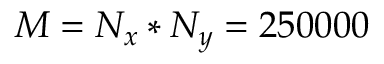
M = N _ { x } * N _ { y } = 2 5 0 0 0 0